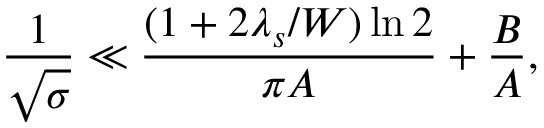
\frac { 1 } { \sqrt { \sigma } } \ll \frac { ( 1 + 2 \lambda _ { s } / W ) \ln 2 } { \pi A } + \frac { B } { A } ,